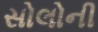
સોલોની